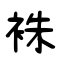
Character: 袾